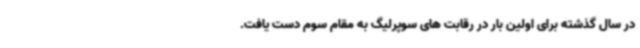
در سال گذشته برای اولین بار در رقابت های سوپرلیگ به مقام سوم دست یافت.